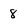
Character: 8